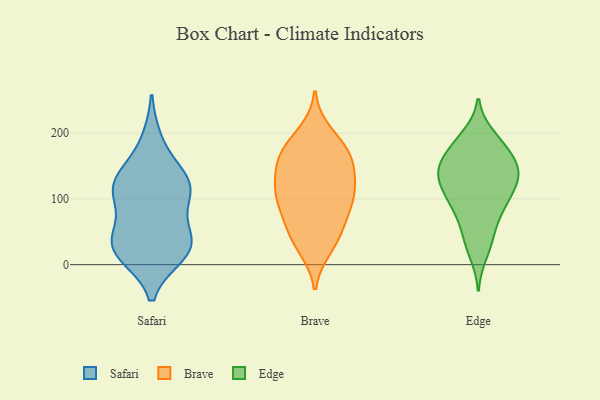
{"axis": {"x": "Page Views", "y": "Value"}, "legend": ["Brave", "Edge", "Safari"], "data": [{"x": "", "y": 134, "type": "Safari"}, {"x": "", "y": 31, "type": "Safari"}, {"x": "", "y": 25, "type": "Safari"}, {"x": "", "y": 121, "type": "Safari"}, {"x": "", "y": 91, "type": "Safari"}, {"x": "", "y": 16, "type": "Safari"}, {"x": "", "y": 187, "type": "Safari"}, {"x": "", "y": 111, "type": "Safari"}, {"x": "", "y": 119, "type": "Safari"}, {"x": "", "y": 20, "type": "Safari"}, {"x": "", "y": 124, "type": "Safari"}, {"x": "", "y": 37, "type": "Safari"}, {"x": "", "y": 43, "type": "Safari"}, {"x": "", "y": 182, "type": "Brave"}, {"x": "", "y": 103, "type": "Brave"}, {"x": "", "y": 26, "type": "Brave"}, {"x": "", "y": 100, "type": "Brave"}, {"x": "", "y": 158, "type": "Brave"}, {"x": "", "y": 72, "type": "Brave"}, {"x": "", "y": 200, "type": "Brave"}, {"x": "", "y": 54, "type": "Brave"}, {"x": "", "y": 158, "type": "Brave"}, {"x": "", "y": 51, "type": "Brave"}, {"x": "", "y": 97, "type": "Brave"}, {"x": "", "y": 110, "type": "Brave"}, {"x": "", "y": 142, "type": "Brave"}, {"x": "", "y": 175, "type": "Brave"}, {"x": "", "y": 108, "type": "Brave"}, {"x": "", "y": 164, "type": "Brave"}, {"x": "", "y": 131, "type": "Brave"}, {"x": "", "y": 32, "type": "Brave"}, {"x": "", "y": 89, "type": "Edge"}, {"x": "", "y": 96, "type": "Edge"}, {"x": "", "y": 39, "type": "Edge"}, {"x": "", "y": 109, "type": "Edge"}, {"x": "", "y": 132, "type": "Edge"}, {"x": "", "y": 127, "type": "Edge"}, {"x": "", "y": 144, "type": "Edge"}, {"x": "", "y": 46, "type": "Edge"}, {"x": "", "y": 148, "type": "Edge"}, {"x": "", "y": 196, "type": "Edge"}, {"x": "", "y": 16, "type": "Edge"}, {"x": "", "y": 93, "type": "Edge"}, {"x": "", "y": 186, "type": "Edge"}, {"x": "", "y": 151, "type": "Edge"}, {"x": "", "y": 159, "type": "Edge"}, {"x": "", "y": 184, "type": "Edge"}, {"x": "", "y": 74, "type": "Edge"}, {"x": "", "y": 169, "type": "Edge"}, {"x": "", "y": 131, "type": "Edge"}, {"x": "", "y": 130, "type": "Edge"}]}